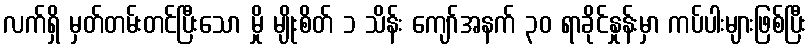
လက်ရှိ မှတ်တမ်းတင်ပြီးသော မှို မျိုးစိတ် ၁ သိန်း ကျော်အနက် ၃၀ ရာခိုင်နှုန်းမှာ ကပ်ပါးများဖြစ်ပြီး